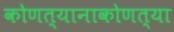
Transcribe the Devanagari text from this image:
कोणत्यानाकोणत्या